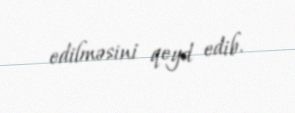
edilməsini qeyd edib.